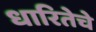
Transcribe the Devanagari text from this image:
धारितेचे